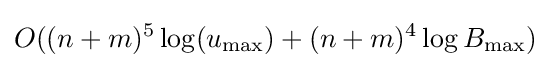
O((n+m)^{5}\log(u_{\max })+(n+m)^{4}\log {B_{\max }})